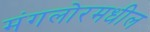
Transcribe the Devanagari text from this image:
मंगलोरमधील